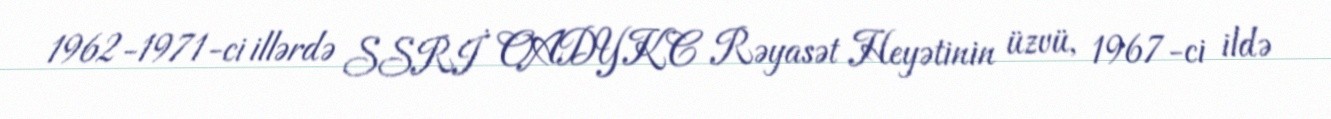
1962-1971-ci illərdə SSRİ OADYKC Rəyasət Heyətinin üzvü, 1967-ci ildə